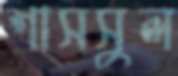
শাসসুল